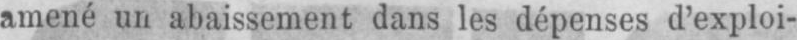
amené un abaissement dans les dépenses d’exploi-